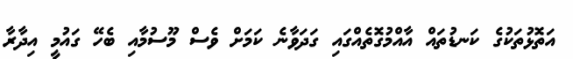
އަތޮޅުތަކުގެ ކަނޑުތައް އާއްމުގޮތެއްގައި ގަދަވާނެ ކަމަށް ވެސް މޫސުމާއި ބެހޭ ގައުމީ އިދާރާ